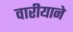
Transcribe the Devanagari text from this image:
वारीयाने